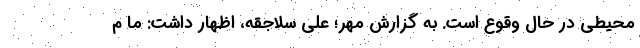
محیطی در حال وقوع است. به گزارش مهر؛ علی سلاجقه، اظهار داشت: ما م